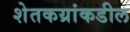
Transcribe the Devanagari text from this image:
शेतकय्रांकडील